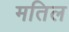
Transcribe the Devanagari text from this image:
मतिल